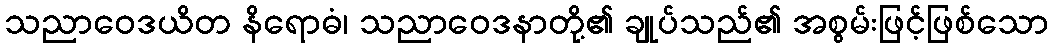
သညာဝေဒယိတ နိရောဓံ၊ သညာဝေဒနာတို့၏ ချုပ်သည်၏ အစွမ်းဖြင့်ဖြစ်သော